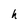
Character: h